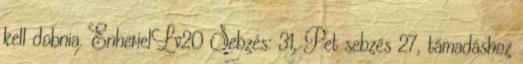
kell dobnia. EnherielLv20 Sebzés: 31, Pet sebzés 27, támadáshoz